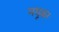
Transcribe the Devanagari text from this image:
मधूकर